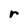
Character: r